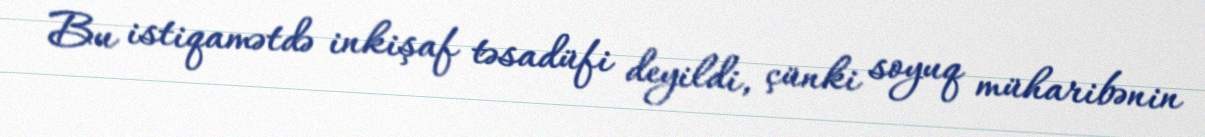
Bu istiqamətdə inkişaf təsadüfi deyildi, çünki soyuq müharibənin